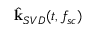
\hat { \mathbf { k } } _ { S V D } ( t , f _ { s c } )